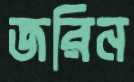
জরিন